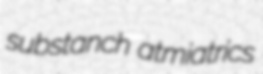
substanch atmiatrics